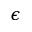
\epsilon